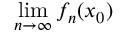
\operatorname* { l i m } _ { n \to \infty } f _ { n } ( x _ { 0 } )